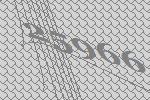
25966